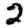
Digit: 2